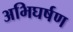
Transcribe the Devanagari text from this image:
अभिघर्षण